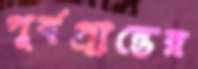
পূর্বপ্রান্তের